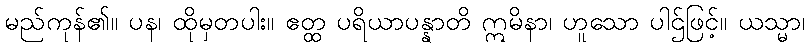
မည်ကုန်၏။ ပန၊ ထိုမှတပါး။ ဧတ္ထ ပရိယာပန္နာတိ ဣမိနာ၊ ဟူသော ပါဌ်ဖြင့်။ ယသ္မာ၊